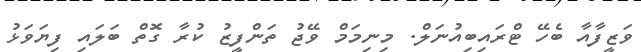
ވަޒީފާއާ ބެހޭ ޓްރައިބިއުނަލް. މިނިމަމް ވޭޖު ތަންފީޒު ކުރާ ގޮތް ބަލައި ފިޔަވަޅު